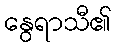
နွေရာသီ၏